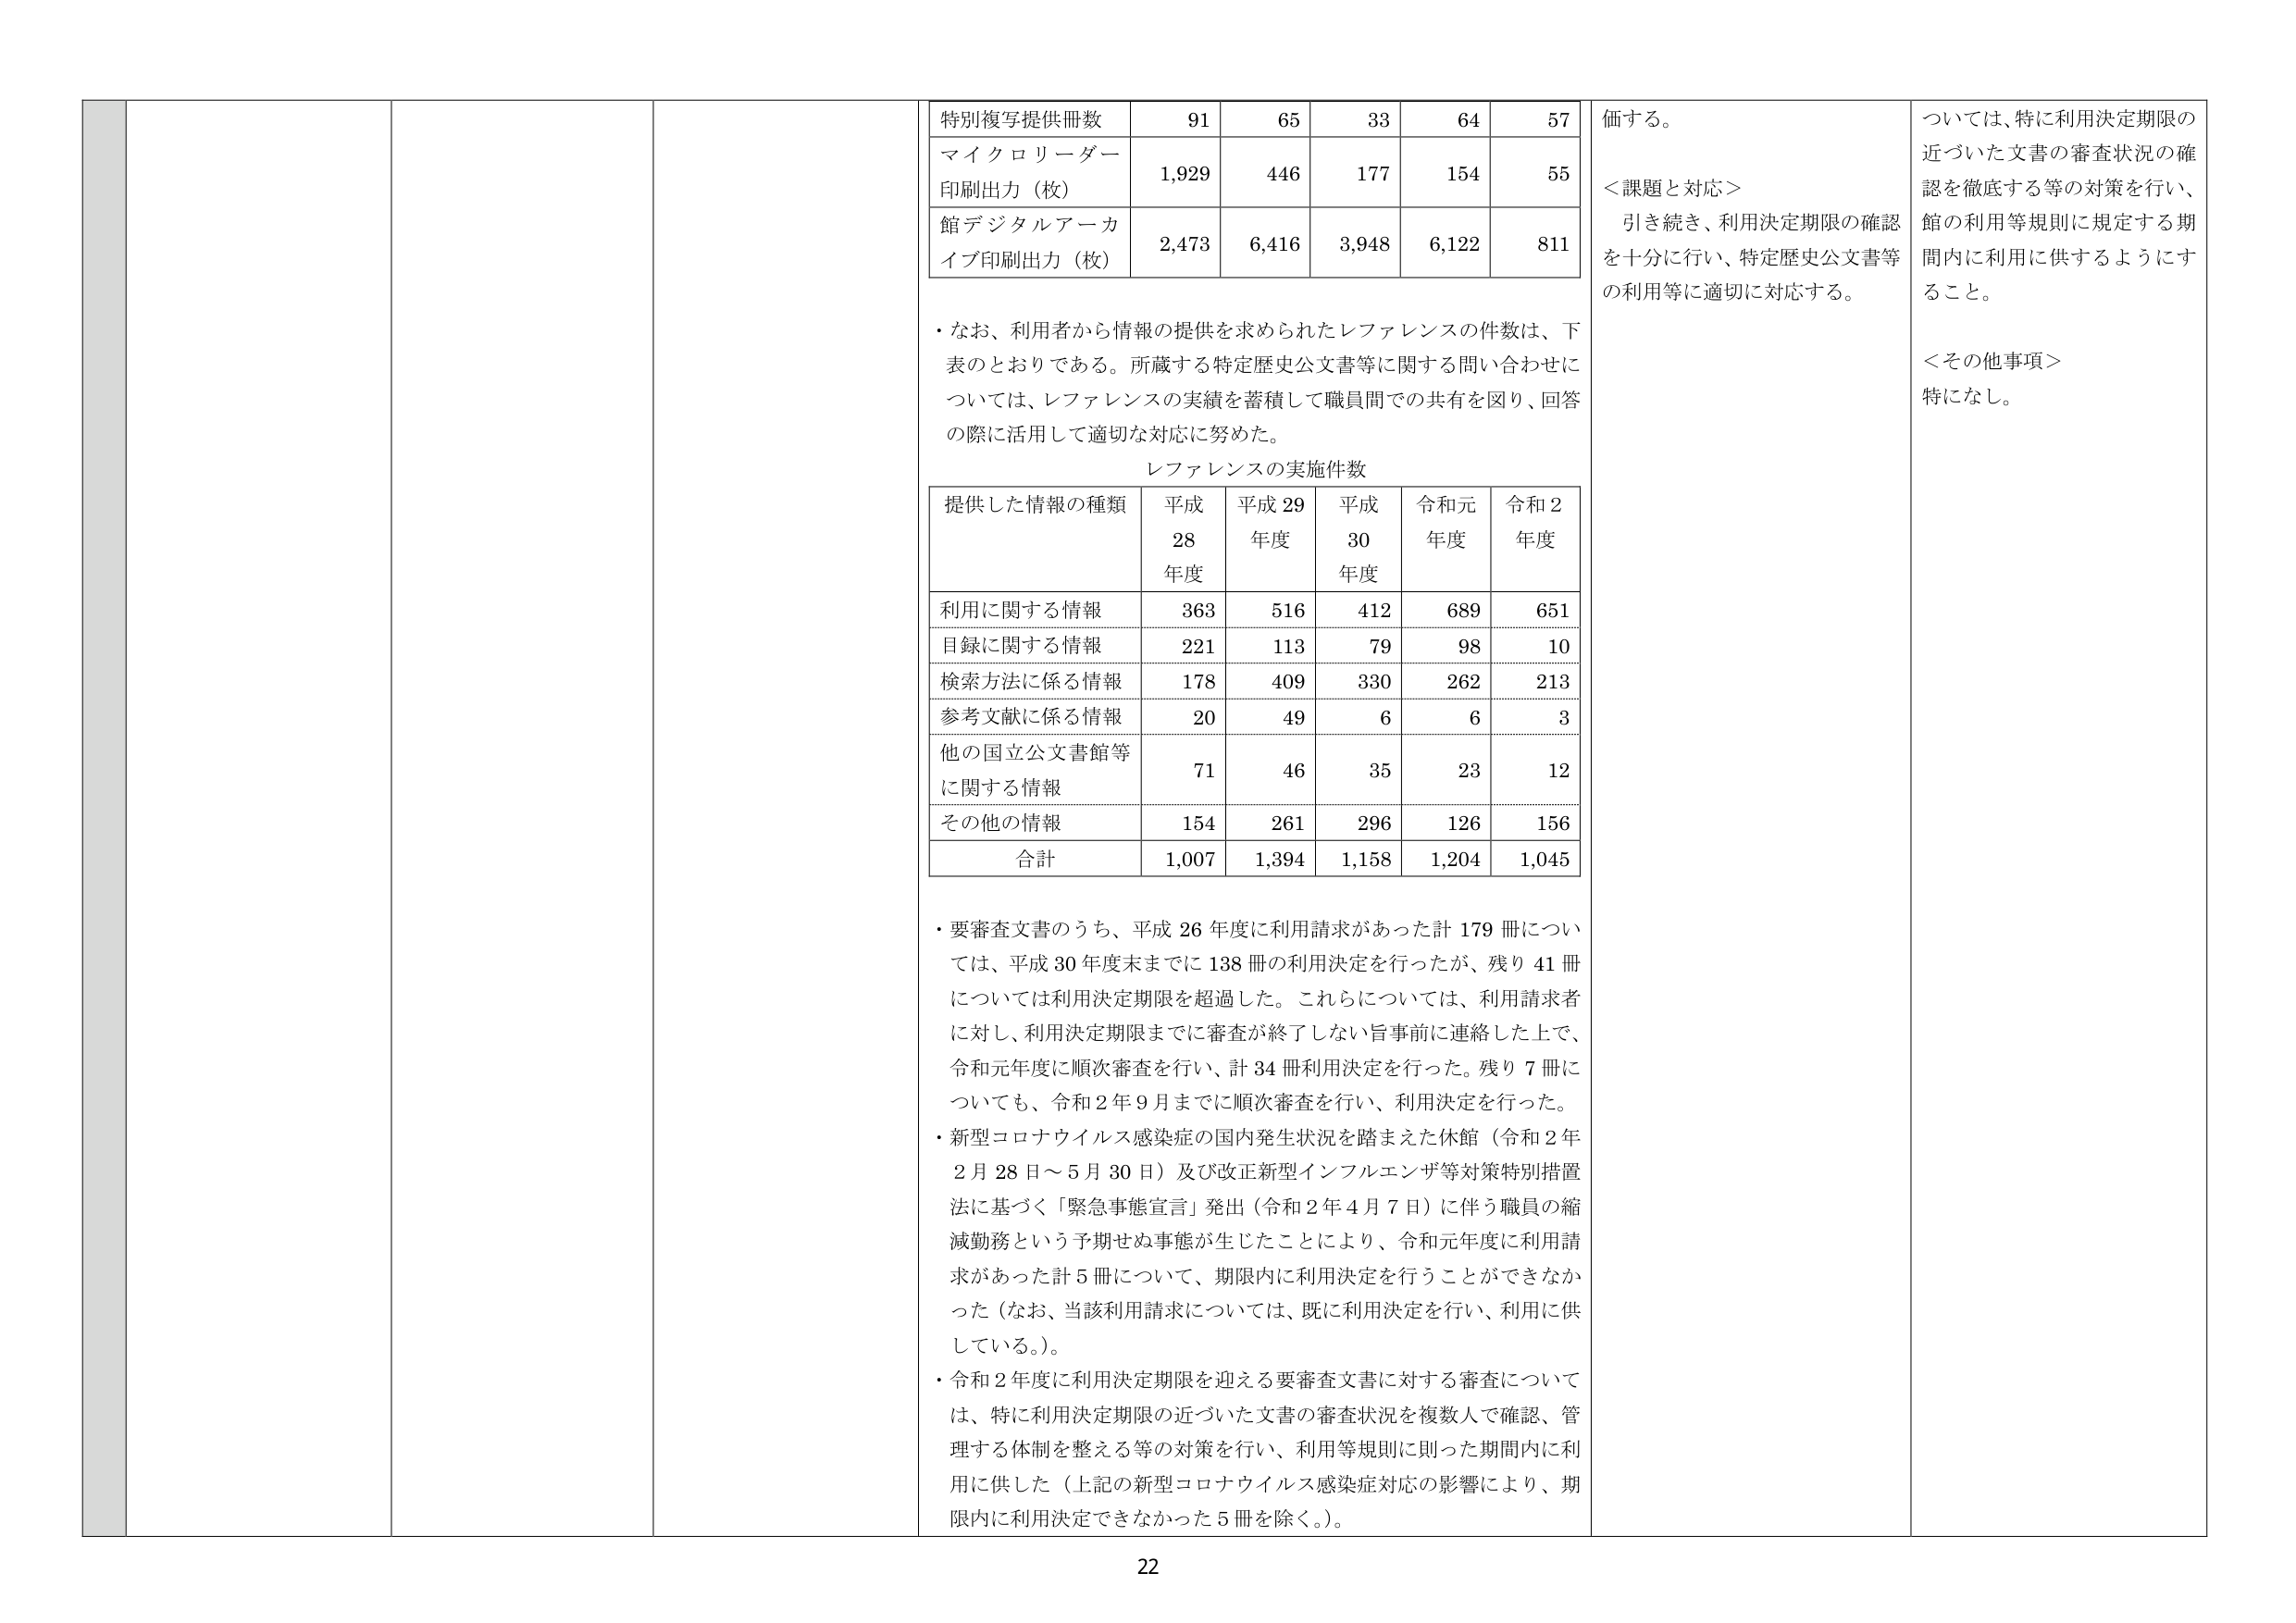
特別復写提供冊数 91 65 33 64 57
マイクロリーダー
印刷出力（枚） 1,929 446 177 154 55
館デジタルアーカ
イブ印刷出力（枚） 2,473 6,416 3,948 6,122 811
・なお、利用者から情報の提供を求められたレファレンスの件数は、下
表のとおりである。所蔵する特定歴史公文書等に関する問い合わせに
ついては、レファレンスの実績を蓄積して職員間での共有を図り、回答
の際に活用して適切な対応に努めた。
レファレンスの実施件数
提供した情報の種類 平成28年度 平成29年度 平成30年度 令和元年度 令和2年度
利用に関する情報 363 516 412 689 651
目録に関する情報 221 113 79 98 10
検索方法に係る情報 178 409 330 262 213
参考文献に係る情報 20 49 6 6 3
他の国立公文書館等
に関する情報 71 46 35 23 12
その他の情報 154 261 296 126 156
合計 1,007 1,394 1,158 1,204 1,045
・要審査文書のうち、平成26年度に利用請求があった計179冊につい
ては、平成30年度末までに138冊の利用決定を行ったが、残り41冊
については利用決定期限を超過した。これらについては、利用請求者
に対し、利用決定期限までに審査が終了しない旨事前に連絡した上で、
令和元年度に順次審査を行い、計34冊利用決定を行った。残り7冊に
ついても、令和2年9月までに順次審査を行い、利用決定を行った。
・新型コロナウイルス感染症の国内発生状況を踏まえた休館（令和2年
2月28日～5月30日）及び改正新型インフルエンザ等対策特別措置
法に基づく「緊急事態宣言」発出（令和2年4月7日）に伴う職員の縮
減勤務という予期せぬ事態が生じたことにより、令和元年度に利用請
求があった計5冊について、期限内に利用決定を行うことができなか
った（なお、当該利用請求については、既に利用決定を行い、利用に供
している。）。
・令和2年度に利用決定期限を迎える要審査文書に対する審査について
は、特に利用決定期限の近づいた文書の審査状況を複数人で確認、管
理する体制を整える等の対策を行い、利用等規則に則った期間内に利
用に供した（上記の新型コロナウイルス感染症対応の影響により、期
限内に利用決定できなかった5冊を除く。）。
価する。
＜課題と対応＞
引き続き、利用決定期限の確認
を十分に行い、特定歴史公文書等
の利用等に適切に対応する。
ついては、特に利用決定期限の
近づいた文書の審査状況の確
認を徹底する等の対策を行い、
館の利用等規則に規定する期
間内に利用に供するようにす
ること。
＜その他事項＞
特になし。
22